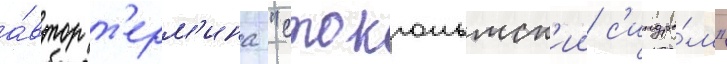
а́втор т'ерм'ина "стокгольмск'ии с'индро́м"